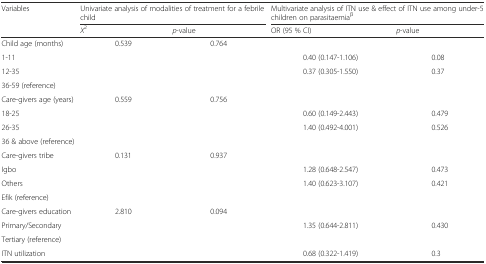
| <ROWSPAN=2> Variables | <COLSPAN=2> Univariate analysis of modalities of treatment for a febrile child | <COLSPAN=2> Multivariate analysis of ITN use & effect of ITN use among under-5 children on parasitaemiaβ |
 | X2 | p-value | OR (95 % CI) | p-value |
 | --- | --- | --- | --- | --- |
 | Child age (months) | 0.539 | 0.764 |  |  |
 | 1-11 |  |  | 0.40 (0.147-1.106) | 0.08 |
 | 12-35 |  |  | 0.37 (0.305-1.550) | 0.37 |
 | 36-59 (reference) |  |  |  |  |
 | Care-givers age (years) | 0.559 | 0.756 |  |  |
 | 18-25 |  |  | 0.60 (0.149-2.443) | 0.479 |
 | 26-35 |  |  | 1.40 (0.492-4.001) | 0.526 |
 | 36 & above (reference) |  |  |  |  |
 | Care-givers tribe | 0.131 | 0.937 |  |  |
 | Igbo |  |  | 1.28 (0.648-2.547) | 0.473 |
 | Others |  |  | 1.40 (0.623-3.107) | 0.421 |
 | Efik (reference) |  |  |  |  |
 | Care-givers education | 2.810 | 0.094 |  |  |
 | Primary/Secondary |  |  | 1.35 (0.644-2.811) | 0.430 |
 | Tertiary (reference) |  |  |  |  |
 | ITN utilization |  |  | 0.68 (0.322-1.419) | 0.3 |